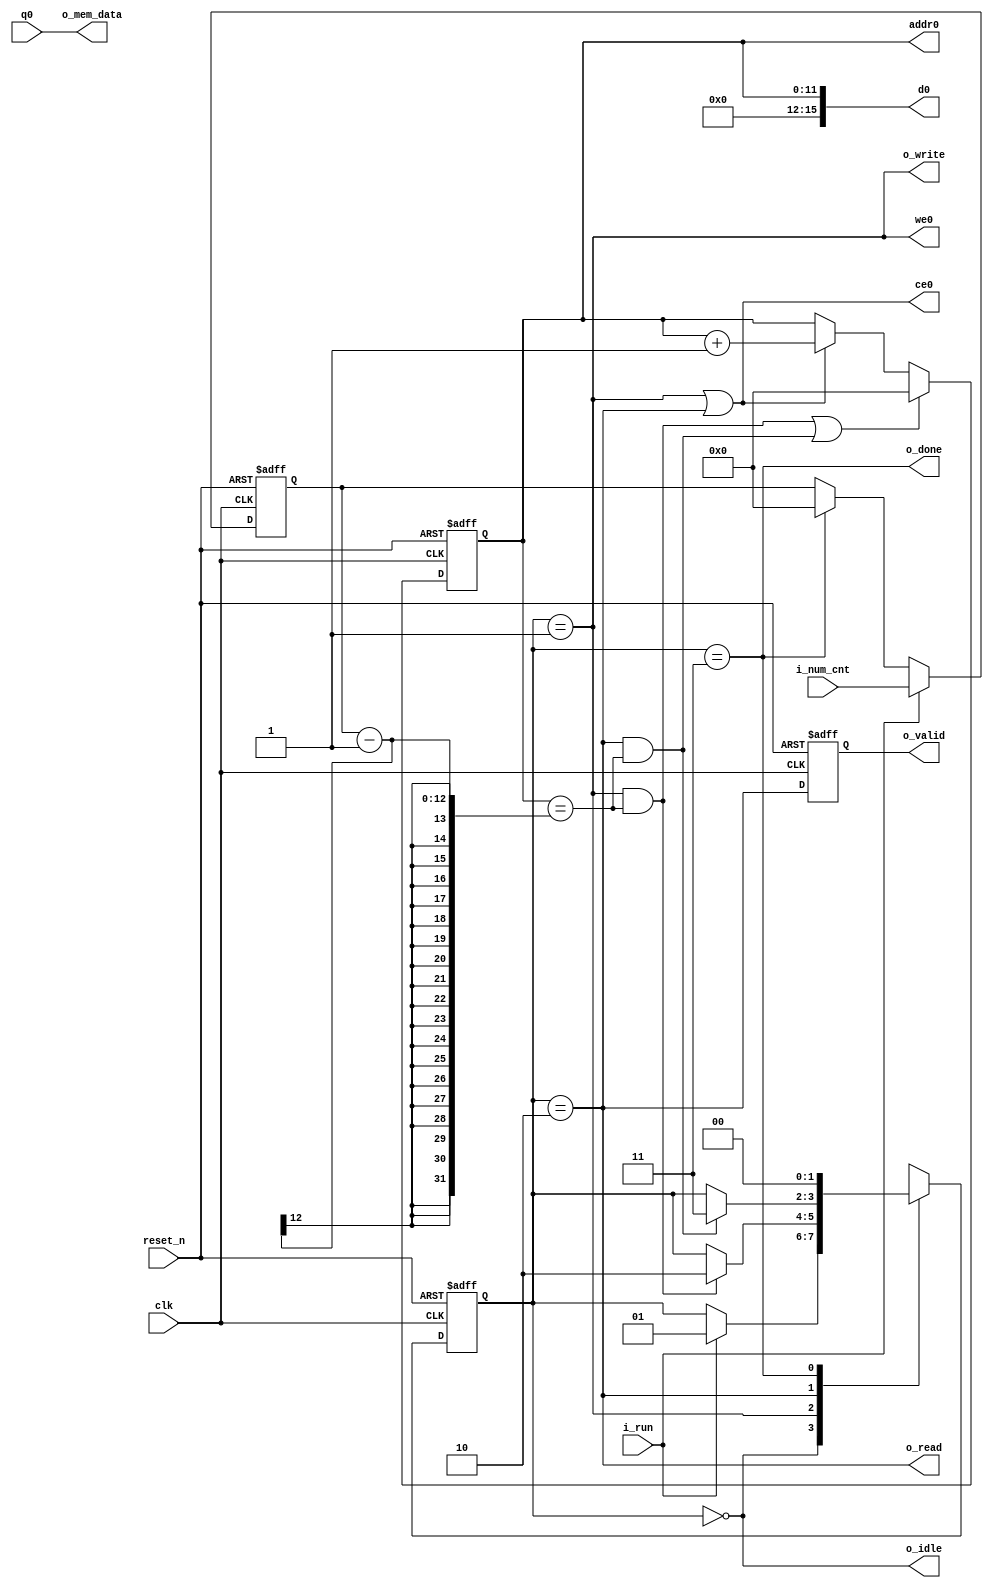
//////////////////////////////////////////////////////////////////////////////////
// Company: Personal
//
// Design Name: 
// Module Name: simple_bram_ctrl
// Project Name:
// Target Devices:
// Tool Versions:
// Description: To study ctrl sram. (WRITE / READ)
//				FSM + mem I/F
// Dependencies:
//
// Revision:
// Revision 0.01 - File Created
// Additional Comments:
//
//////////////////////////////////////////////////////////////////////////////////
 
`timescale 1ns / 1ps
module simple_bram_ctrl
// Param
#(
	parameter DWIDTH = 16,
	parameter AWIDTH = 12,
	parameter MEM_SIZE = 3840
)

(
    input 				clk,
    input 				reset_n,
	input 				i_run,
	input  [AWIDTH-1:0]	i_num_cnt,
	output   			o_idle,
	output   			o_write,
	output   			o_read,
	output  			o_done,

// Memory I/F
	output[AWIDTH-1:0] 	addr0,
	output 				ce0,
	output 				we0,
	input [DWIDTH-1:0]  q0,
	output[DWIDTH-1:0] 	d0,

// output read value from BRAM
	output 				o_valid,
	output[DWIDTH-1:0] 	o_mem_data

    );


/////// Local Param. to define state ////////
localparam S_IDLE	= 2'b00;
localparam S_WRITE	= 2'b01;
localparam S_READ	= 2'b10;
localparam S_DONE  	= 2'b11;

/////// Type ////////
reg [1:0] c_state; // Current state  (F/F)
reg [1:0] n_state; // Next state (Variable in Combinational Logic)
wire	  is_write_done;
wire	  is_read_done;

/////// Main ////////

// Step 1. always block to update state 
always @(posedge clk or negedge reset_n) begin
    if(!reset_n) begin
		c_state <= S_IDLE;
    end else begin
		c_state <= n_state;
    end
end

// Step 2. always block to compute n_state
//always @(c_state or i_run or is_done) 
always @(*) 
begin
	n_state = c_state; // To prevent Latch.
	case(c_state)
	S_IDLE	: if(i_run)
				n_state = S_WRITE;
	S_WRITE : if(is_write_done)
				n_state = S_READ;
	S_READ  : if(is_read_done)
				n_state = S_DONE;
	S_DONE	: n_state = S_IDLE;
	endcase
end 

// Step 3.  always block to compute output
// Added to communicate with control signals.
assign o_idle 		= (c_state == S_IDLE);
assign o_write 		= (c_state == S_WRITE);
assign o_read 		= (c_state == S_READ);
assign o_done 		= (c_state == S_DONE);

// Step 4. Registering (Capture) number of Count
reg [AWIDTH-1:0] num_cnt;  
always @(posedge clk or negedge reset_n) begin
    if(!reset_n) begin
        num_cnt <= 0;  
    end else if (i_run) begin
        num_cnt <= i_num_cnt;
	end else if (o_done) begin
		num_cnt <= 0;
	end
end

// Step 5. increased addr_cnt
reg [AWIDTH-1:0] addr_cnt;  
assign is_write_done = o_write && (addr_cnt == num_cnt-1);
assign is_read_done  = o_read  && (addr_cnt == num_cnt-1);

always @(posedge clk or negedge reset_n) begin
    if(!reset_n) begin
        addr_cnt <= 0;  
    end else if (is_write_done || is_read_done) begin
        addr_cnt <= 0; 
    end else if (o_write || o_read) begin
        addr_cnt <= addr_cnt + 1;
	end
end

// Assign Memory I/F
assign addr0 	= addr_cnt;
assign ce0 		= o_write || o_read;
assign we0 		= o_write;
assign d0		= addr_cnt;  // same value;


// output data from memory 
reg 				r_valid;
reg [DWIDTH-1:0] 	r_mem_data;

// 1 cycle latency to sync mem output
always @(posedge clk or negedge reset_n) begin
    if(!reset_n) begin
        r_valid <= 0;  
    end else begin
		r_valid <= o_read; // read data
	end
end

assign o_valid = r_valid;
assign o_mem_data = q0;  // direct assign, bus Matbi recommends you to add a register for timing.

endmodule